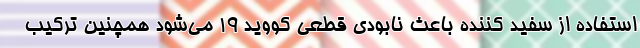
استفاده از سفید کننده باعث نابودی قطعی کووید ۱۹ می‌شود همچنین ترکیب